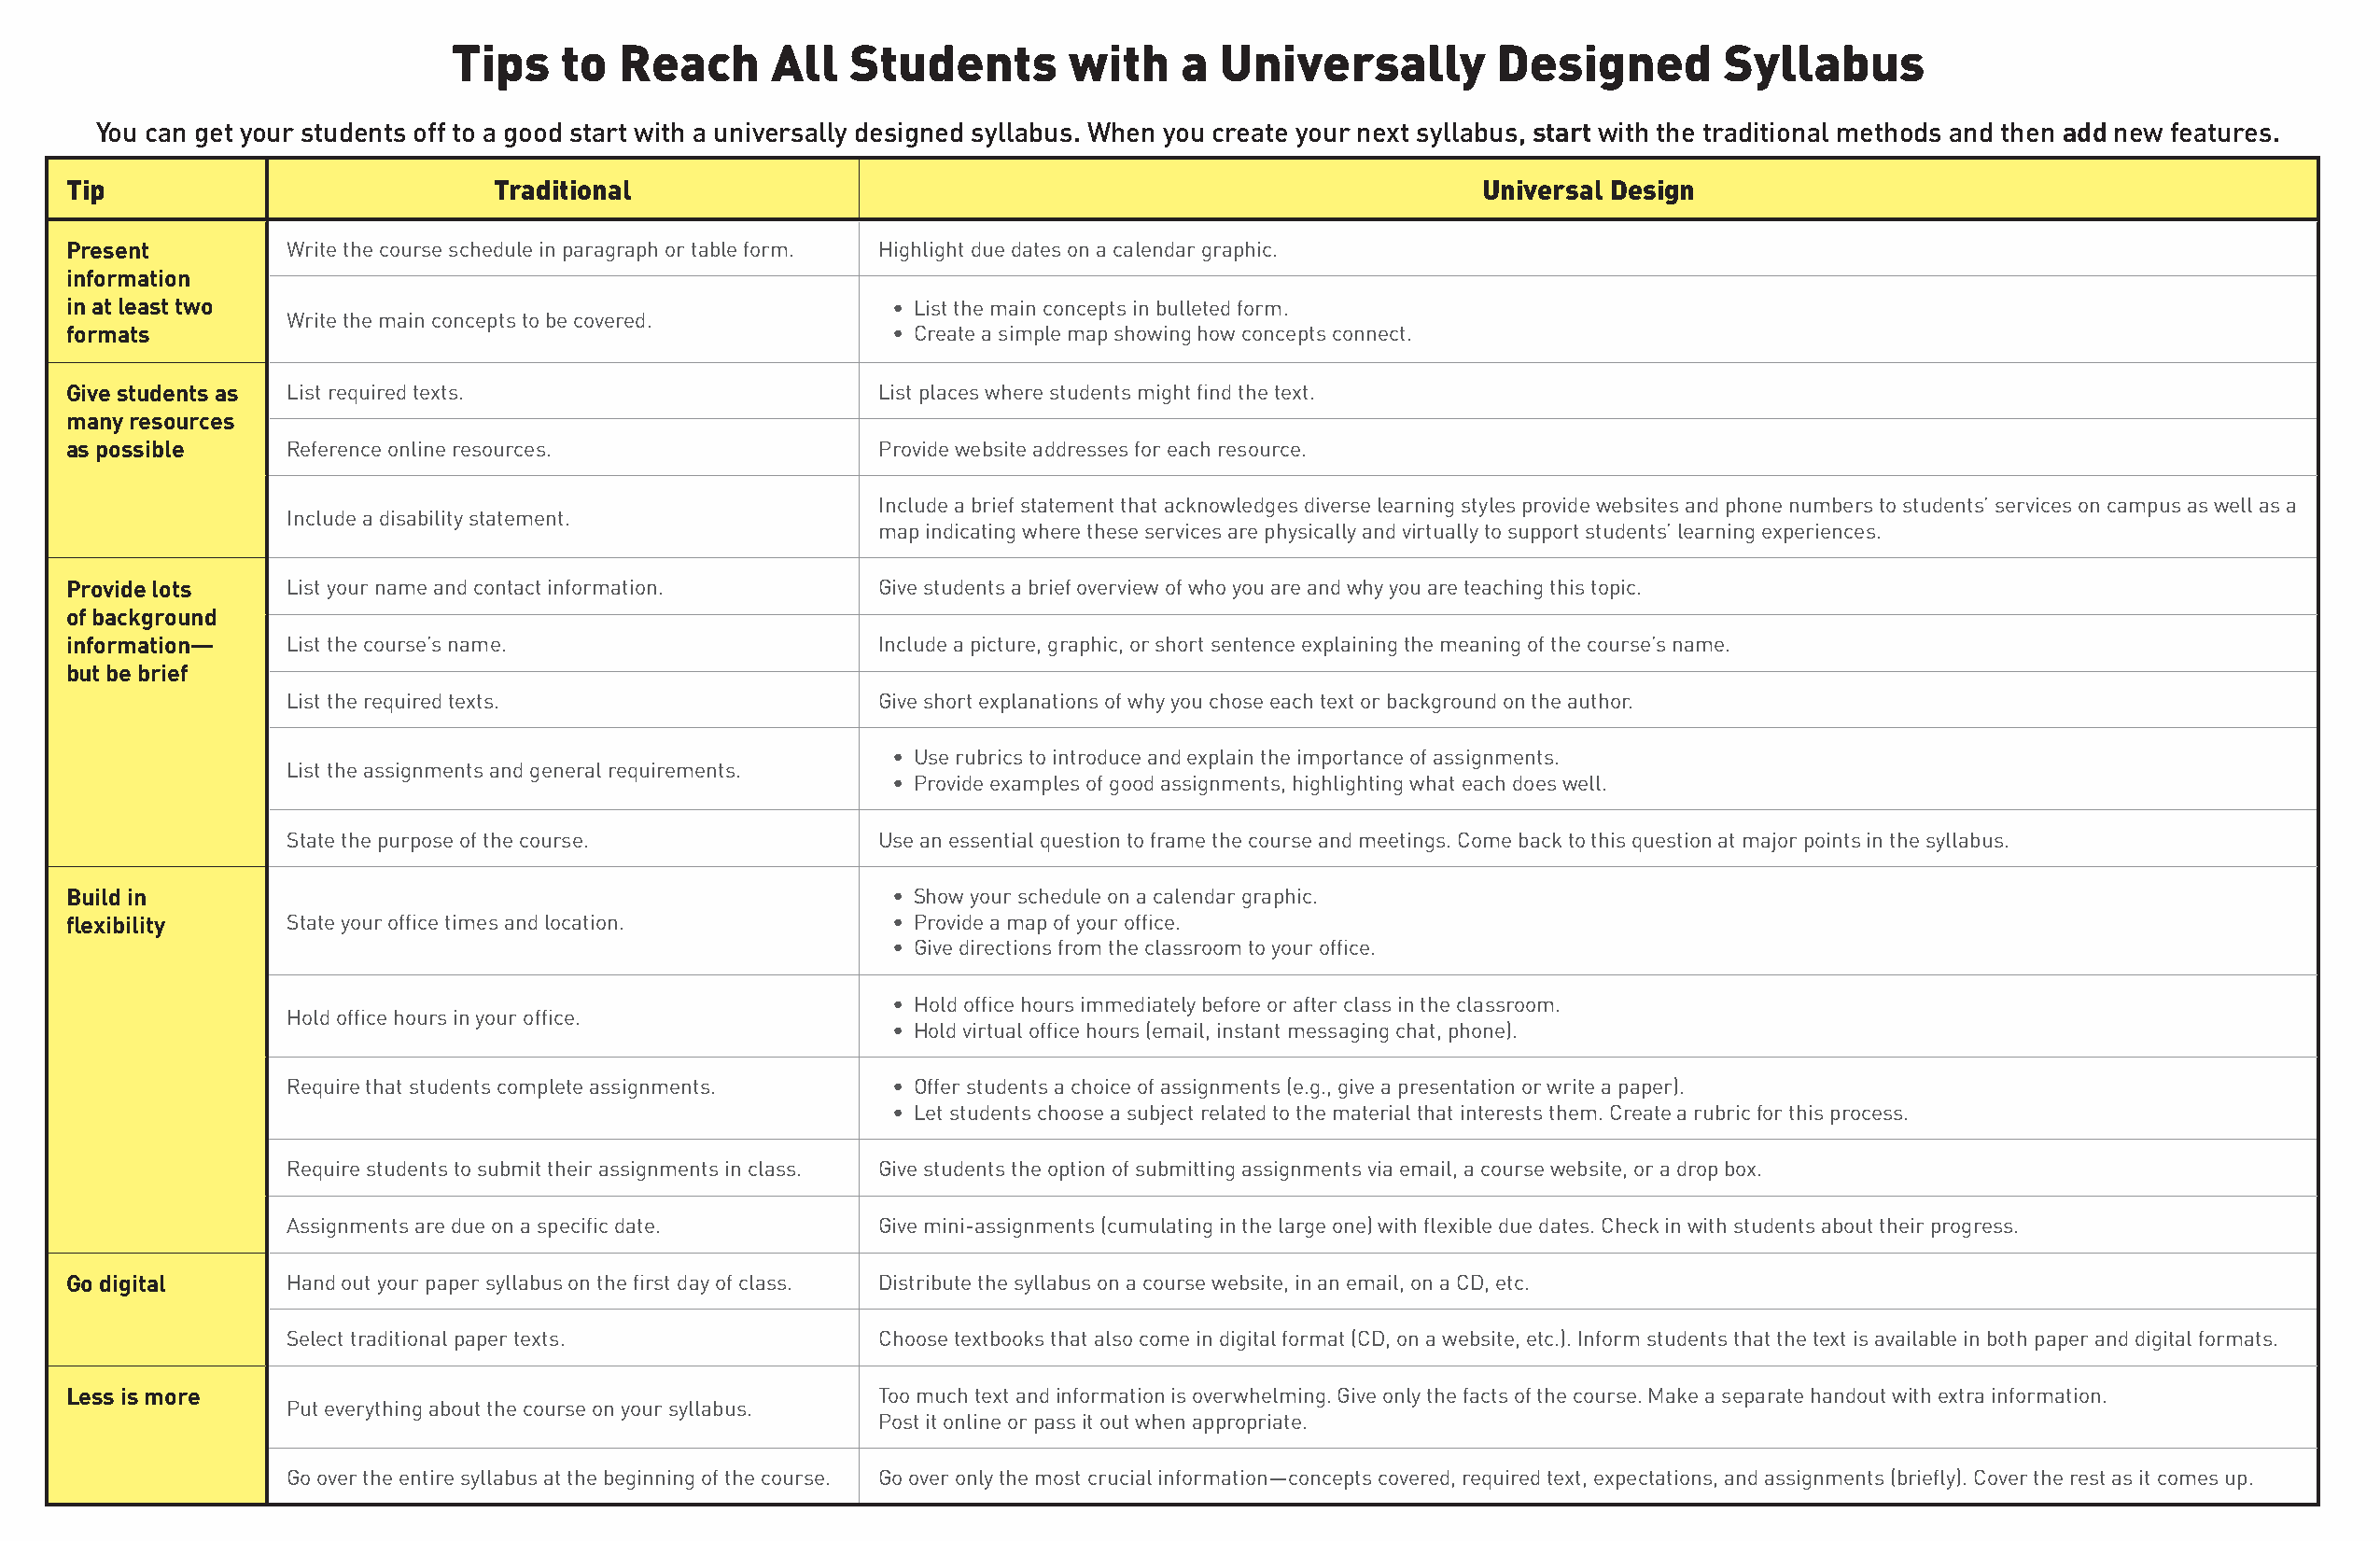
Tips    to  Reach      All  Students        with    a  Universally        Designed        Syllabus
 You can get your students off to a good start with a universally designed syllabus. When you create your next syllabus, start with the traditional methods and then add new features.
 Tip                           Traditional                                                           Universal Design
 Present        Write the course schedule in paragraph or table form. Highlight due dates on a calendar graphic.
 information
 in at least two                                           • List the main concepts in bulleted form.
 Write the main concepts to be covered.
 formats                                                   • Create a simple map showing how concepts connect.
 Give students as List required texts.                    List places where students might find the text.
 many resources
 as possible    Reference online resources.               Provide website addresses for each resource.
 Include a brief statement that acknowledges diverse learning styles provide websites and phone numbers to students’ services on campus as well as a
 Include a disability statement.
 map indicating where these services are physically and virtually to support students’ learning experiences.
 Provide lots   List your name and contact information.   Give students a brief overview of who you are and why you are teaching this topic.
 of background
 information—   List the course’s name.                   Include a picture, graphic, or short sentence explaining the meaning of the course’s name.
 but be brief
 List the required texts.                  Give short explanations of why you chose each text or background on the author.
 • Use rubrics to introduce and explain the importance of assignments.
 List the assignments and general requirements.
 • Provide examples of good assignments, highlighting what each does well.
 State the purpose of the course.          Use an essential question to frame the course and meetings. Come back to this question at major points in the syllabus.
 Build in                                                  • Show your schedule on a calendar graphic.
 flexibility    State your office times and location.      • Provide a map of your office.
 • Give directions from the classroom to your office.
 • Hold office hours immediately before or after class in the classroom.
 Hold office hours in your office.
 • Hold virtual office hours (email, instant messaging chat, phone).
 Require that students complete assignments. • Offer students a choice of assignments (e.g., give a presentation or write a paper).
 • Let students choose a subject related to the material that interests them. Create a rubric for this process.
 Require students to submit their assignments in class. Give students the option of submitting assignments via email, a course website, or a drop box.
 Assignments are due on a specific date.   Give mini-assignments (cumulating in the large one) with flexible due dates. Check in with students about their progress.
 Go digital     Hand out your paper syllabus on the first day of class. Distribute the syllabus on a course website, in an email, on a CD, etc.
 Select traditional paper texts.           Choose textbooks that also come in digital format (CD, on a website, etc.). Inform students that the text is available in both paper and digital formats.
 Less is more                                             Too much text and information is overwhelming. Give only the facts of the course. Make a separate handout with extra information.
 Put everything about the course on your syllabus.
 Post it online or pass it out when appropriate.
 Go over the entire syllabus at the beginning of the course. Go over only the most crucial information—concepts covered, required text, expectations, and assignments (briefly). Cover the rest as it comes up.